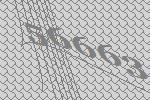
56663